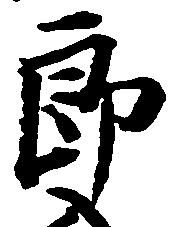
郎